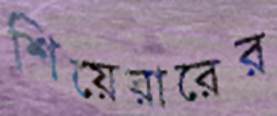
শিয়েরারের